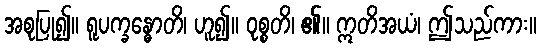
အစုပြု၍။ ရူပက္ခန္ဓောတိ၊ ဟူ၍။ ဝုစ္စတိ၊ ၏။ ဣတိအယံ၊ ဤသည်ကား။